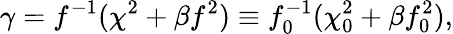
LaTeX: \gamma=f^{-1}(\chi^{2}+\beta f^{2})\equiv f_{0}^{-1}(\chi_{0}^{2}+\beta f_{0}^{2}),